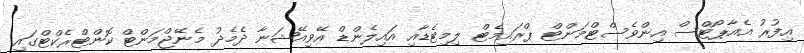
އިފުރު އެއާޕޯޓްސް އިންވެސްޓްމަންޓް ޕްރައިމެޓް ލިމިޓެޑާއި އައިލެންޑް އޭވިއޭޝަނާ ދެމެދު މެނޭޖްމަންޓް ކޮންޓްރެކްޓްގައި